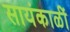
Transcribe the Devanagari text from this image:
सायंकाळीं